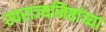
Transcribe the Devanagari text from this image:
स्वराज्यनिष्ठांच्या